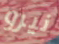
نيرو